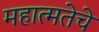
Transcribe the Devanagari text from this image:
महात्मतेचे